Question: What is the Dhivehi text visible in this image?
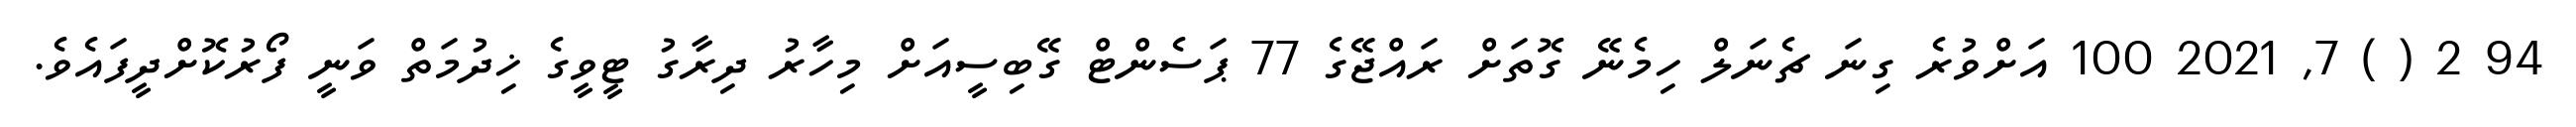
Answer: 94 2 ( ) 7, 2021 100 އަށްވުރެ ގިނަ ޗެނަލް ހިމެނޭ ގޮތަށް ރައްޖޭގެ 77 ޕަސެންޓް ގޭބިސީއަށް މިހާރު ދިރާގު ޓީވީގެ ޚިދުމަތް ވަނީ ފޯރުކޮށްދީފައެވެ.